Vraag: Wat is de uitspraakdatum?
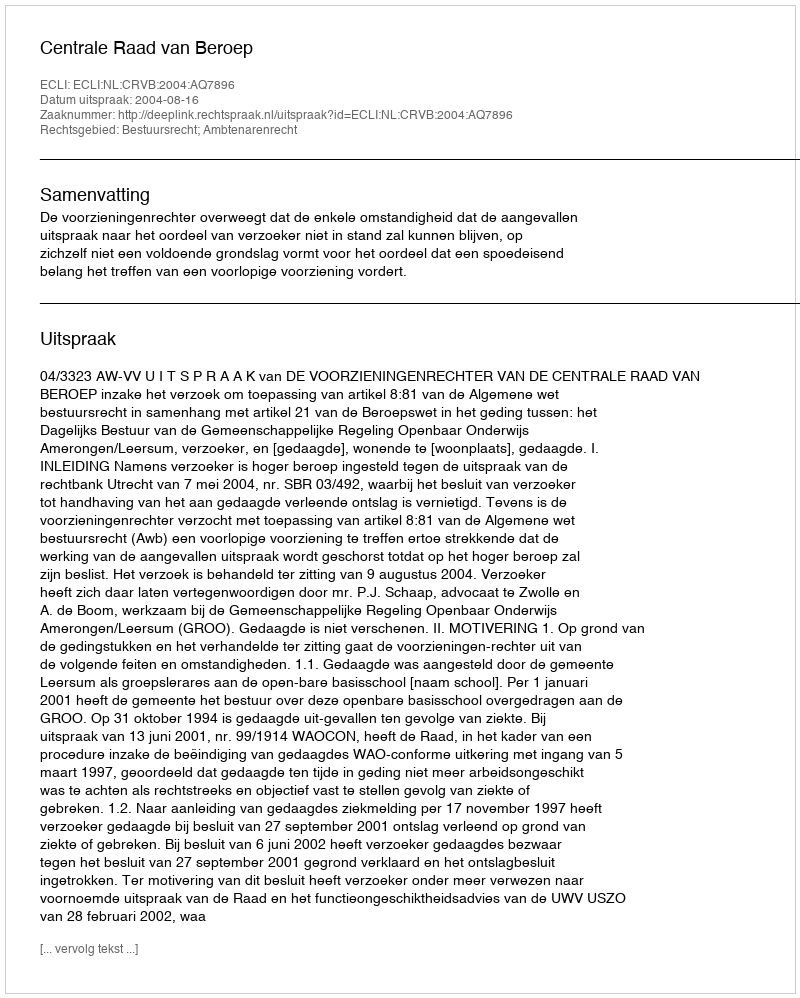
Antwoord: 2004-08-16